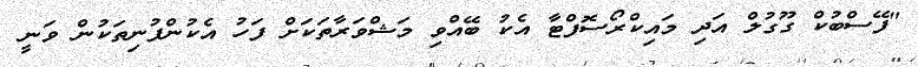
"ފޭސްބުކް ގޫގުލް އަދި މައިކްރޯސޮފްޓާ އެކު ބޭއްވި މަޝްވަރާތަކަށް ފަހު އެކުންފުނިތަކުން ވަނީ